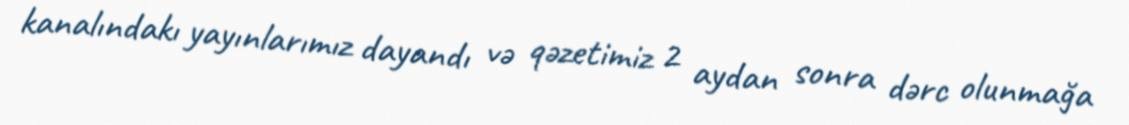
kanalındakı yayınlarımız dayandı və qəzetimiz 2 aydan sonra dərc olunmağa